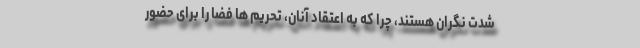
شدت نگران هستند، چرا که به اعتقاد آنان، تحریم ها فضا را برای حضور